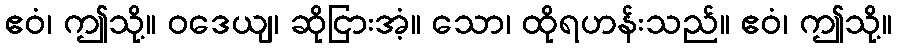
ဧဝံ၊ ဤသို့။ ဝဒေယျ၊ ဆိုငြားအံ့။ သော၊ ထိုရဟန်းသည်။ ဧဝံ၊ ဤသို့။